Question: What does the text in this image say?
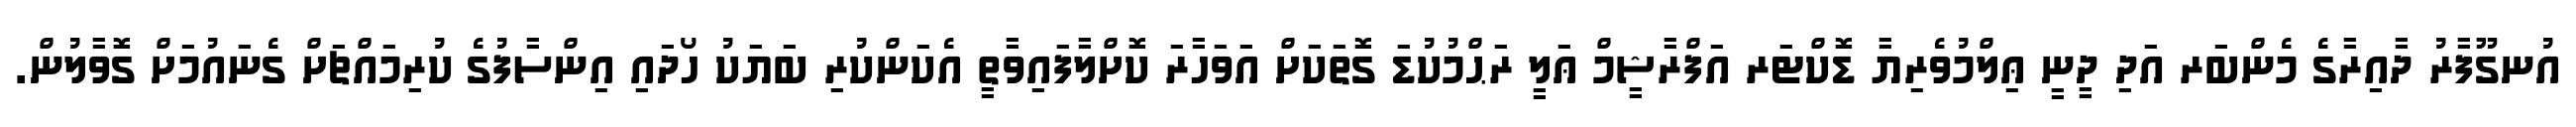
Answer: އުނގޫފާރު ދާއިރާގެ މެންބަރ އަދި ދީނީ ޢިލްމުވެރިޔާ ޑޮކްޓަރ އަފްރާޝީމް ޢަލީ ރަޙްމުކުޑަ ގޮތަކަށް އަވަހާރަ ކޮށްލާފައިވާތީ އެކަންކުރި ބަޔަކު ހޯދައި އިންސާފުގެ ކުރިމައްޗަށް ގެނައުމަށް ގޮވާލުން.